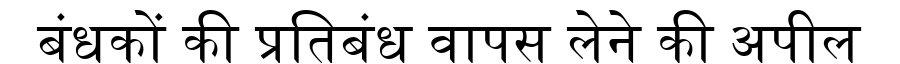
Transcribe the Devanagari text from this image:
बंधकों की प्रतिबंध वापस लेने की अपील